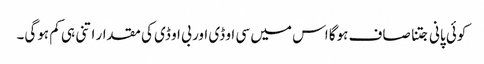
کوئی پانی جتنا صاف ہوگا اس میں سی او ڈی اور بی او ڈی کی مقدار اتنی ہی کم ہوگی۔